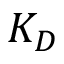
K _ { D }